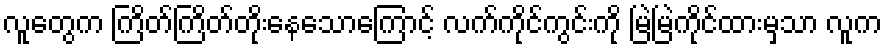
လူတွေက ကြိတ်ကြိတ်တိုးနေသောကြောင့် လက်ကိုင်ကွင်းကို မြဲမြဲကိုင်ထားမှသာ လူက